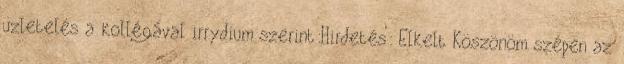
üzletelés a kollégával irrydium szerint:Hirdetés: Elkelt Köszönöm szépen az